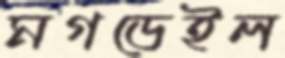
মগডেইল